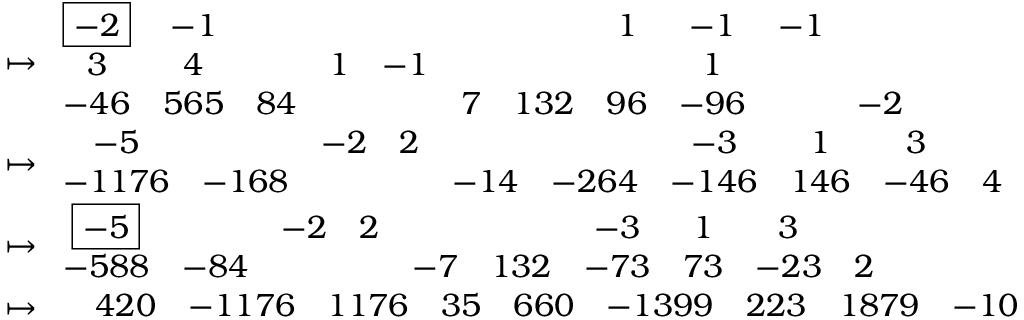
\begin{array} { r l } & { \mapsto \begin{array} { c c c c c c c c c c c } { \boxed { - 2 } } & { - 1 } & & & & & & { 1 } & { - 1 } & { - 1 } & \\ { 3 } & { 4 } & & { 1 } & { - 1 } & & & & { 1 } & & \\ { - 4 6 } & { 5 6 5 } & { 8 4 } & & & { 7 } & { 1 3 2 } & { 9 6 } & { - 9 6 } & & { - 2 } \end{array} } \\ & { \mapsto \begin{array} { c c c c c c c c c c } { - 5 } & & { - 2 } & { 2 } & & & { - 3 } & { 1 } & { 3 } & \\ { - 1 1 7 6 } & { - 1 6 8 } & & & { - 1 4 } & { - 2 6 4 } & { - 1 4 6 } & { 1 4 6 } & { - 4 6 } & { 4 } \end{array} } \\ & { \mapsto \begin{array} { c c c c c c c c c c } { \boxed { - 5 } } & & { - 2 } & { 2 } & & & { - 3 } & { 1 } & { 3 } & \\ { - 5 8 8 } & { - 8 4 } & & & { - 7 } & { 1 3 2 } & { - 7 3 } & { 7 3 } & { - 2 3 } & { 2 } \end{array} } \\ & { \mapsto \begin{array} { c c c c c c c c c c } & { 4 2 0 } & { - 1 1 7 6 } & { 1 1 7 6 } & { 3 5 } & { 6 6 0 } & { - 1 3 9 9 } & { 2 2 3 } & { 1 8 7 9 } & { - 1 0 } \end{array} } \end{array}